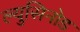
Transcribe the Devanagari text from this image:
ल्युसिनोड